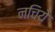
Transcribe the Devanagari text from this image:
नचिये